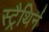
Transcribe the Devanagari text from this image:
स्ट्रैथिर्न